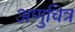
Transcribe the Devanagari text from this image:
अणुचित्र